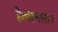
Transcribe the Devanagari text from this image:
हेत्वाभास।